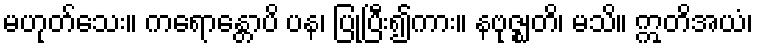
မဟုတ်သေး။ ကရောန္တောပိ ပန၊ ပြုပြီး၍ကား။ နဗုဇ္ဈတိ၊ မသိ။ ဣတိအယံ၊